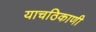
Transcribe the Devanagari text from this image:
याचठिकाणी